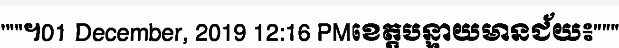
"""។01 December, 2019 12:16 PMខេត្តបន្ទាយមានជ័យ៖"""